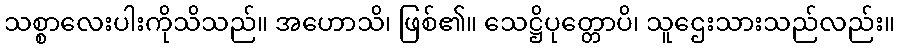
သစ္စာလေးပါးကိုသိသည်။ အဟောသိ၊ ဖြစ်၏။ သေဋ္ဌိပုတ္တောပိ၊ သူဌေးသားသည်လည်း။